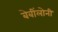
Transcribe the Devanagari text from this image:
बेबींलोनी